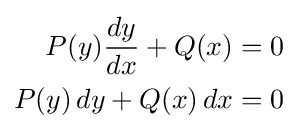
{\begin{aligned}P(y){\frac {dy}{dx}}+Q(x)&=0\\P(y)\,dy+Q(x)\,dx&=0\end{aligned}}